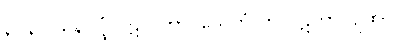
၃၁၃။ ဃနပုပ္ဖံ ပဋလိကာ၊ သေတံ တု ပဋိကာ ပျထ။